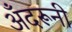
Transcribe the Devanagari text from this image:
अँदरूनी